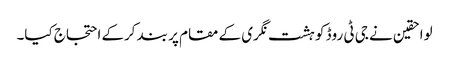
لواحقین نے جی ٹی روڈ کو ہشت نگری کے مقام پر بند کرکے احتجاج کیا۔